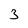
Character: 3